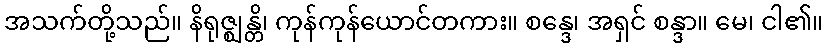
အသက်တို့သည်။ နိရုဇ္ဈန္တိ၊ ကုန်ကုန်ယောင်တကား။ စန္ဒေ၊ အရှင် စန္ဒာ။ မေ၊ ငါ၏။